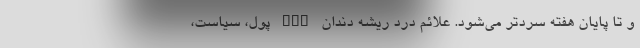
و تا پایان هفته سردتر می‌شود. علائم درد ریشه دندان nan پول، سیاست،